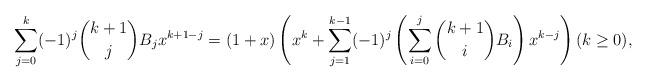
LaTeX: \begin{align*}\sum_{j=0}^k (-1)^j \binom{k+1}{j}B_j x^{k+1-j}=(1+x)\left(x^k+\sum_{j=1}^{k-1}(-1)^j\left(\sum_{i=0}^j \binom{k+1}{i}B_i \right)x^{k-j} \right) (k \geq 0),\end{align*}